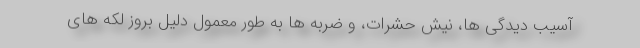
آسیب دیدگی ها، نیش حشرات، و ضربه ها به طور معمول دلیل بروز لکه های